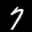
Digit: 7